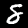
Digit: 8